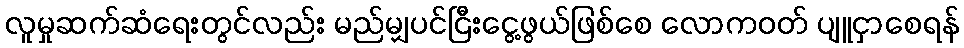
လူမှုဆက်ဆံရေးတွင်လည်း မည်မျှပင်ငြီးငွေ့ဖွယ်ဖြစ်စေ လောကဝတ် ပျူငှာစေရန်